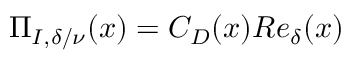
\Pi _ { I , \delta / \nu } ( x ) = C _ { D } ( x ) R e _ { \delta } ( x )